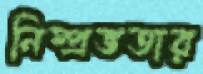
নিষ্প্রভতার